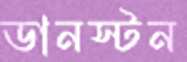
ডানস্টন